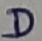
Text: D